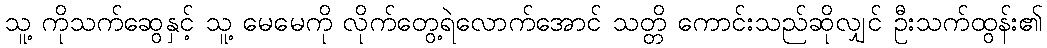
သူ့ ကိုသက်ဆွေနှင့် သူ့ မေမေကို လိုက်တွေ့ရဲလောက်အောင် သတ္တိ ကောင်းသည်ဆိုလျှင် ဦးသက်ထွန်း၏